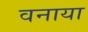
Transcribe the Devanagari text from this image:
वनाया